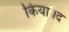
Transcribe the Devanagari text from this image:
किया।द